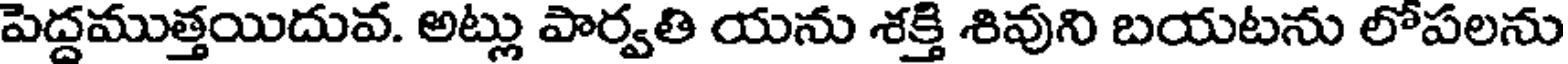
పెద్దముత్తయిదువ. అట్లు పార్వతి యను శక్తి శివుని బయటను లోపలను